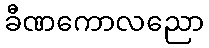
ခီဏကောလညော